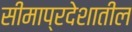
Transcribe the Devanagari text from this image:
सीमाप्रदेशातील